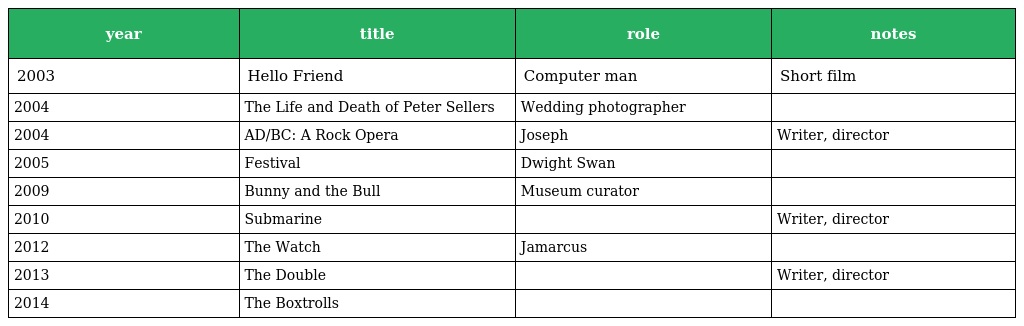
| year | title | role | notes |
 | --- | --- | --- | --- |
 | 2003 | Hello Friend | Computer man | Short film |
 | 2004 | The Life and Death of Peter Sellers | Wedding photographer |  |
 | 2004 | AD/BC: A Rock Opera | Joseph | Writer, director |
 | 2005 | Festival | Dwight Swan |  |
 | 2009 | Bunny and the Bull | Museum curator |  |
 | 2010 | Submarine |  | Writer, director |
 | 2012 | The Watch | Jamarcus |  |
 | 2013 | The Double |  | Writer, director |
 | 2014 | The Boxtrolls |  |  |